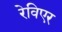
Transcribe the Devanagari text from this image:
रेविएर